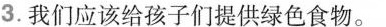
3.我们应该给孩子们提供绿色食物。